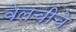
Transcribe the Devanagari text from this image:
वेलचीचे